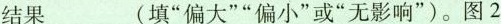
结果___(填”偏大””偏小”或”无影响”)。图2